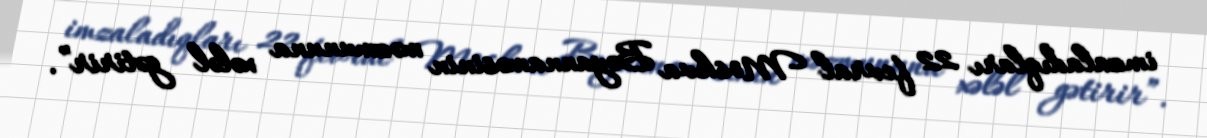
imzaladıqları 22 fevral Moskva Bəyannaməsinin məzmununa xələl gətirir”.